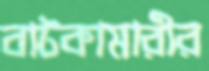
বাটকামারীর